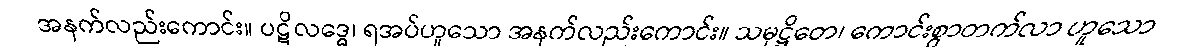
အနက်လည်းကောင်း။ ပဋိလဒ္ဓေ၊ ရအပ်ဟူသော အနက်လည်းကောင်း။ သမုဋ္ဌိတေ၊ ကောင်းစွာတက်လာ ဟူသော